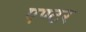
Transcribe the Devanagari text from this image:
एण्टर